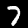
Digit: 7